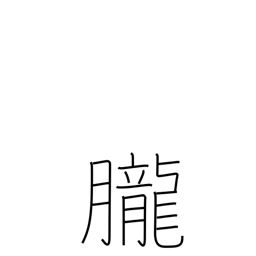
Meaning: dreaminess